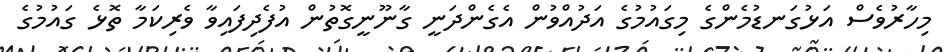
މިހާރުވެސް އަޅުގަނޑުމެންގެ މިގައުމުގެ އަދުއްވުން އެގެންދަނީ ގާނޫނީގޮތުން އުފެދިފައިވާ ވެރިކަމާ ތޮޅެ ގައުމުގެ